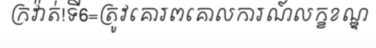
ក្រវ៉ាត់!ទី6=ត្រូវគោរពគោលការណ៍លក្ខខណ្ឌ